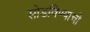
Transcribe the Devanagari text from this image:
सोडविण्याची